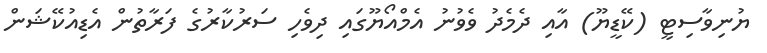
ޔުނިވާސިޓީ (ކޭޑީޔޫ) އާއި ދެމެދު ވެވުނު އެމްއޯޔޫގައި ދިވެހި ސަރުކާރުގެ ފަރާތުން އެޑިއުކޭޝަން